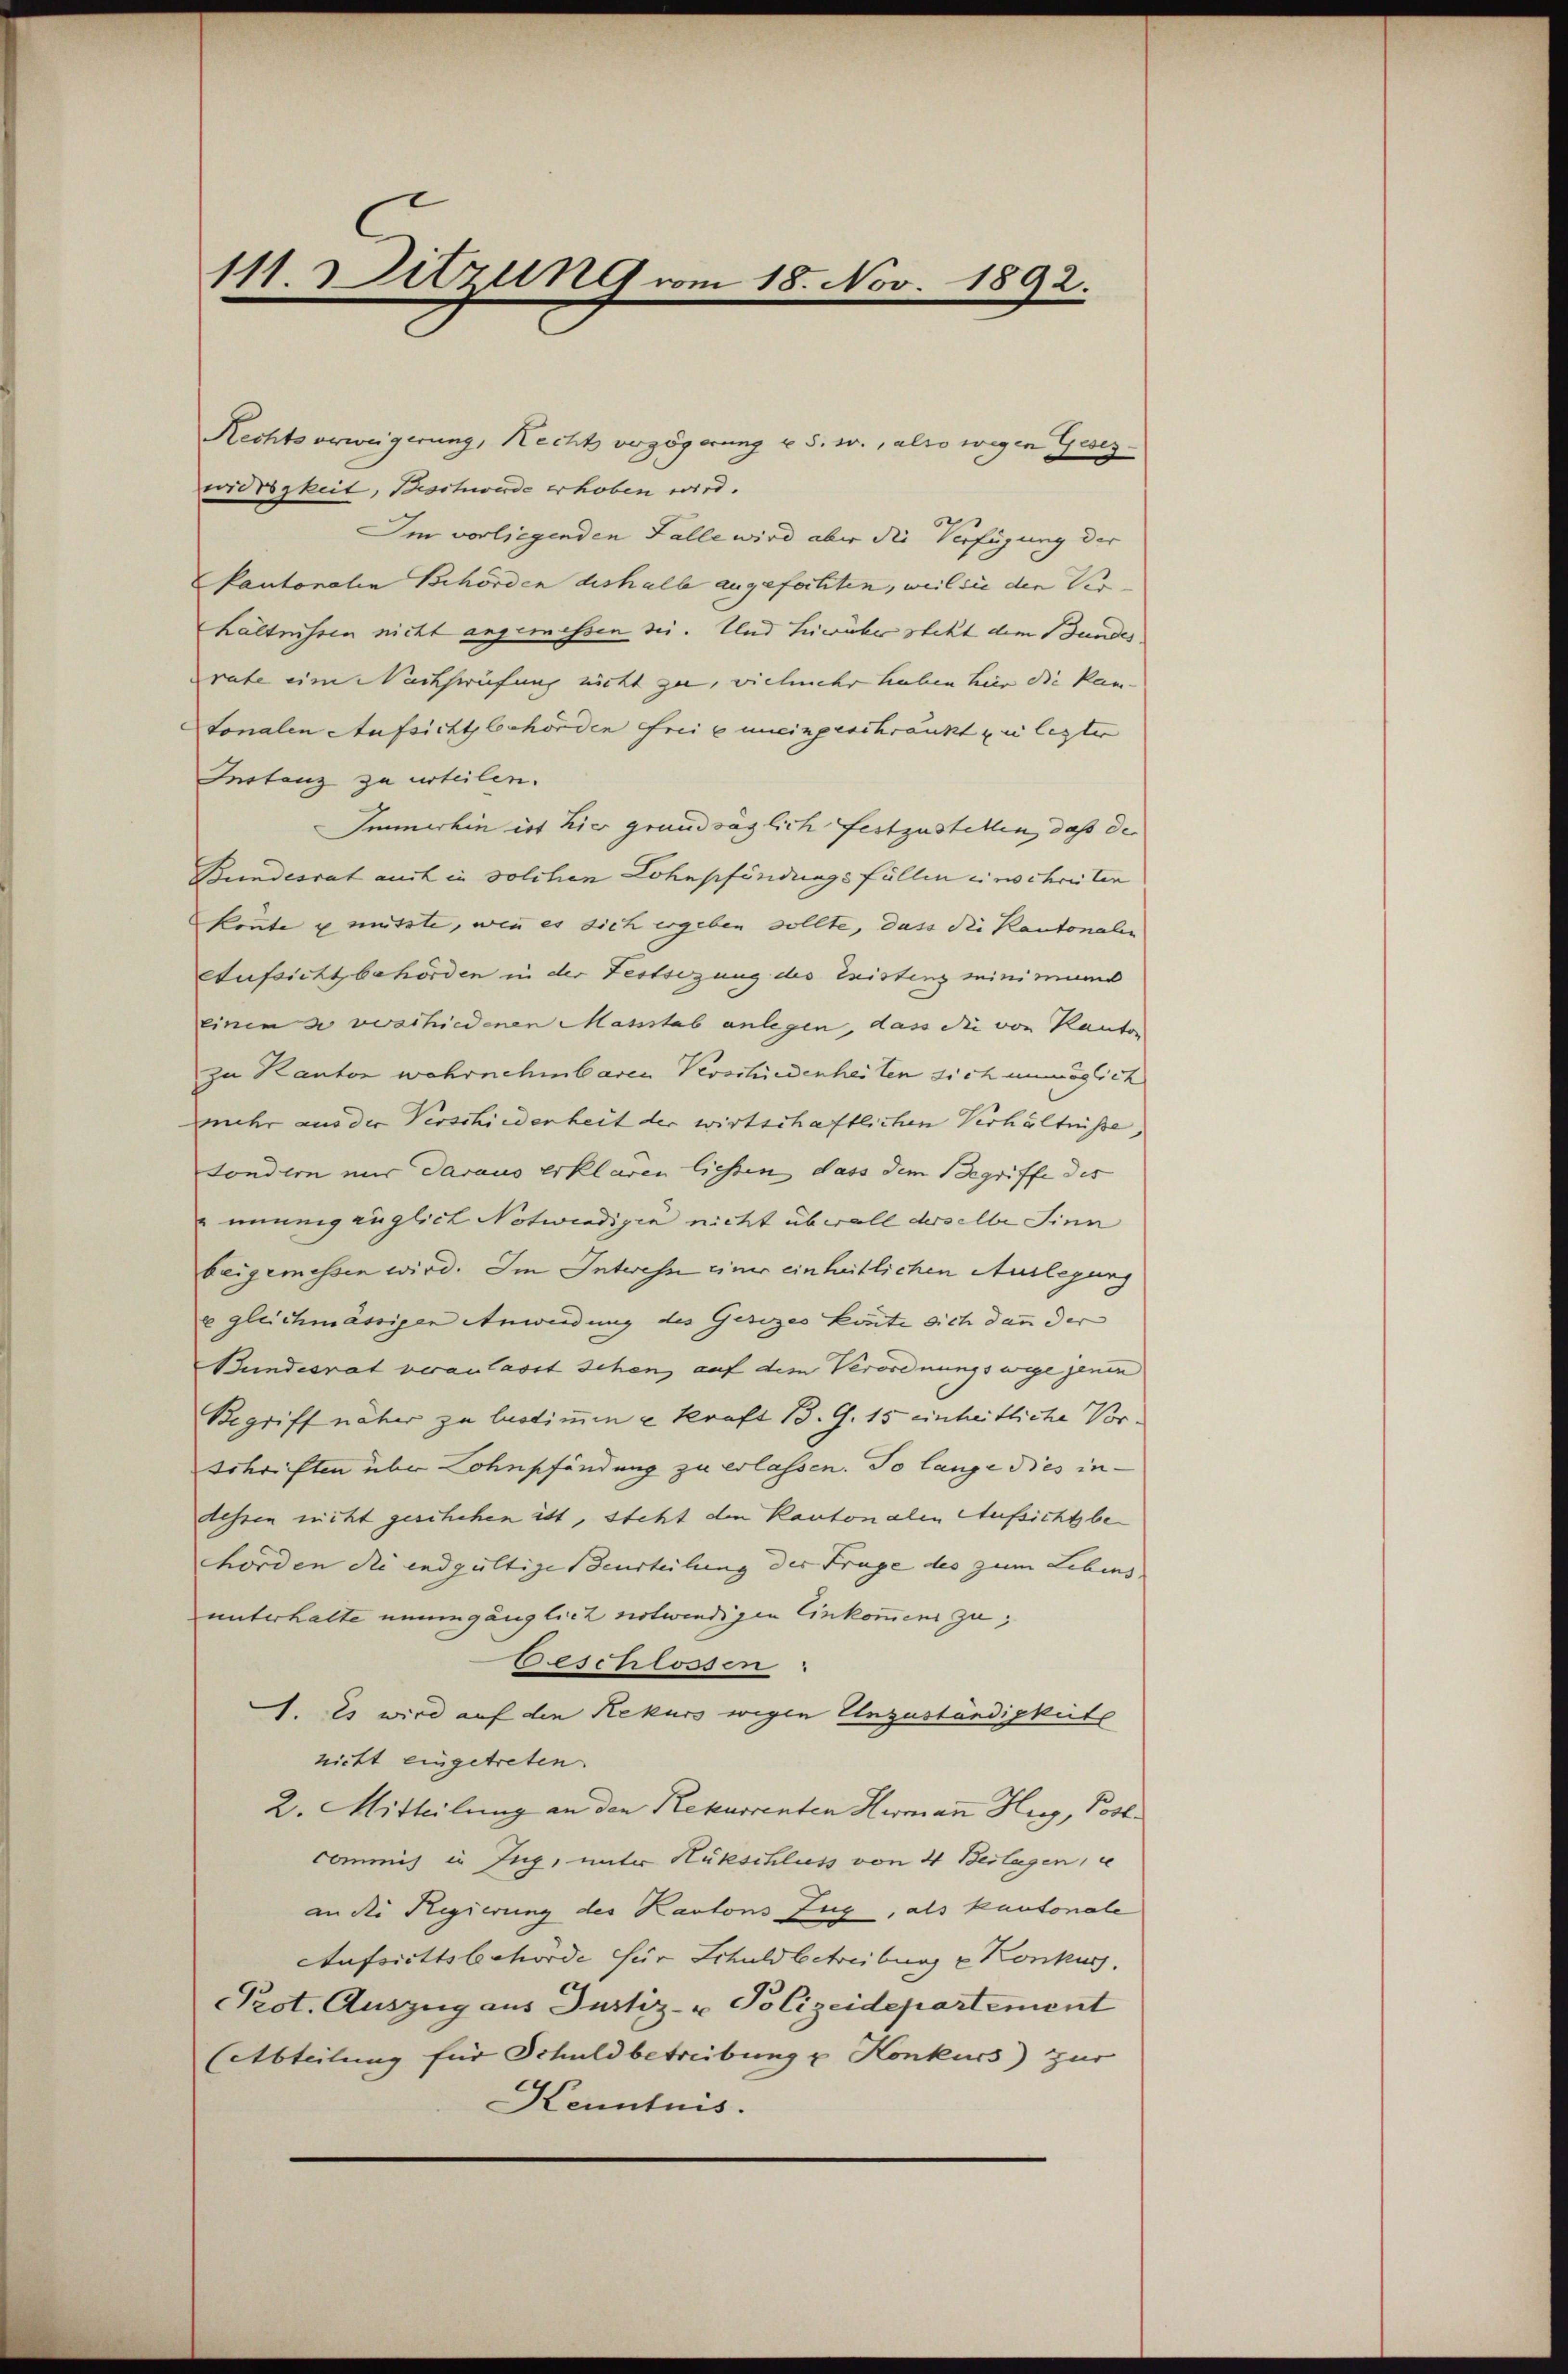
111. Sitzung vom 18. Nov. 1892.

Rechtsverweigerung, Rechts verzögerung u. s. w., also wegen Gesezwidrigkeit, Beschwerde erhoben wird.
Im vorliegenden Falle wird aber die Verfügung der
kantonalen Behörden deshalb angefochten, weil sie den Ver- |
hältnissen nicht angemessen sei. Und hierüber steht dem Bundes
rate eine Nachsprüfung nicht zu, vielmehr haben hier die Kum- |
Fonalen Aufsichtsbehörden frei uneingeschränkt zu legter
Instanz zu urteilen.
Immerhin ist hier grandsaglich festzustellen, daß der
Bundesrat auch in solchen Lohnpfändungsfüllen einschreiten
konnte u mütte, wenn es dich ergeben sollte, dass die Kantonalen
Aufsicht behörden in der Festsezung des Existenz Minimums
einen se vorschiedenen Massstab anlegen, dass die von Kanton
zu Kanton wahrnehmbaren Verschiedenheiten sich unmöglich
mehr aus der Verschiederheit der wirtschaftlichen Verhältniße
sondern nur daraus erklären liessen, dass dem Begriffe des
" unung zuglich Notwendigia nicht überall derselbe Sinn
beigemessen wird. Im Intwesn einer einheitlichen Auslegung
e gleichmässigen Anwendung des Gesezes konnte dich dann der
Bundesrat veranlasst sehen auf dem Verordnungswege jenen
Begriff näher zu lastimmen u Kraft 13. G. 15 einheitliche Vorschriften über Lohnpfändung zu erlassen. So lange dies indessen nicht geschehen ist, steht den Kantonalen Aufsichtsbehörden die endgültige Beurteilung der Frage des zum Lebens
unterhalte unumgänglich notwendigen Einkommen zu;
Beschlossen
1. Es wird auf die Rekurs wegen Unzuständigkeite
nicht eingetreten.
2. Mitteilung an den Rekurrenten Hermann Hug, Post.
commis in Zug, unter Hütschluss von 4 Beilagen,
an die Regierung des Kantons Zug, als kantonale
Aufsrittsbehörde für Schuld betreibung u Konkurs.
Prot. Auszug aus Justiz- & Polizeidepartement
(Abteilung für Schuldbetreibung u Konkurs) zur
Kenntnis.